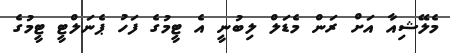
މެލޭޝިއާ އަށް ރަން މެޑަލް ލިބުނީ އެ ޓީމުގެ ފަހު ޕެނަލްޓީ ޓީމުގެ